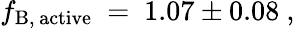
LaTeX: f_{\mathrm{B,\, active}}~=~1.07\pm 0.08~,